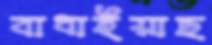
বাধাইয়াছ